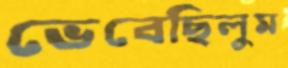
ভেবেছিলুম